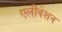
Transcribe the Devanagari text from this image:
एलीवेशन